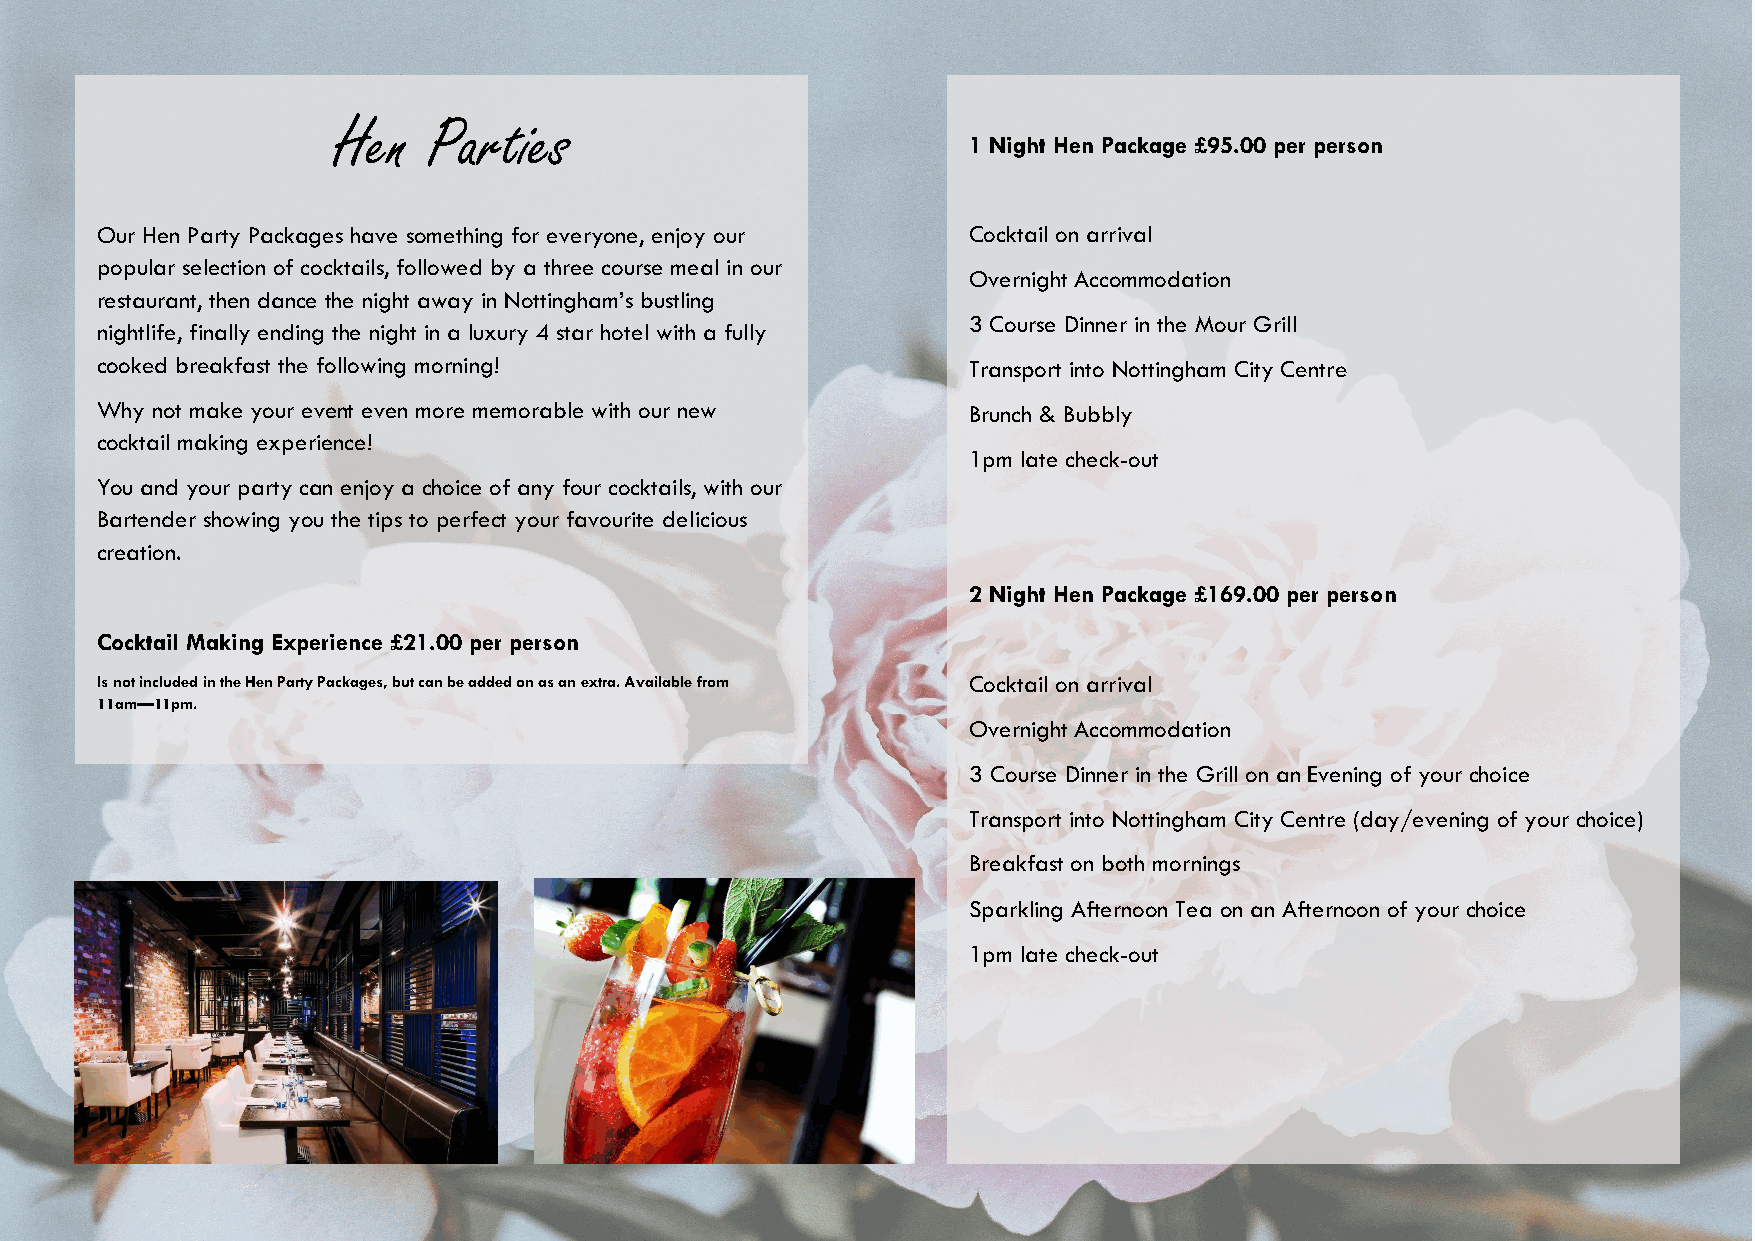
Hen   Parties
 1 Night Hen Package £95.00 per person
 Our Hen Party Packages have something for everyone, enjoy our Cocktail on arrival
 popular selection of cocktails, followed by a three course meal in our
 Overnight Accommodation
 restaurant, then dance the night away in Nottingham’s bustling
 3 Course Dinner in the Mour Grill
 nightlife, finally ending the night in a luxury 4 star hotel with a fully
 cooked breakfast the following morning!                   Transport into Nottingham City Centre
 Why not make your event even more memorable with our new  Brunch & Bubbly
 cocktail making experience!
 1pm late check-out
 You and your party can enjoy a choice of any four cocktails, with our
 Bartender showing you the tips to perfect your favourite delicious
 creation.
 2 Night Hen Package £169.00 per person
 Cocktail Making Experience £21.00 per person
 Is not included in the Hen Party Packages, but can be added on as an extra. Available from Cocktail on arrival
 11am—11pm.
 Overnight Accommodation
 3 Course Dinner in the Grill on an Evening of your choice
 Transport into Nottingham City Centre (day/evening of your choice)
 Breakfast on both mornings
 Sparkling Afternoon Tea on an Afternoon of your choice
 1pm late check-out